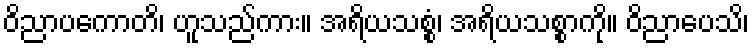
ဝိညာပကောတိ၊ ဟူသည်ကား။ အရိယသစ္စံ၊ အရိယသစ္စာကို။ ဝိညာပေသိ၊